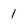
Character: 1